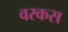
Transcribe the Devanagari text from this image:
वरकस